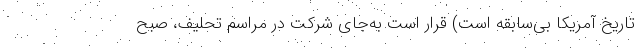
تاریخ آمریکا بی‌سابقه است) قرار است به‌جای شرکت در مراسم تحلیف، صبح